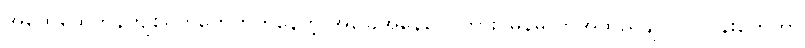
အထွေထွေကုန်ကျစရိတ်တွေတက်နေတဲ့ အခြေအနေတွေကြား မြန်မာကအထည်ချုပ်လုပ်ငန်းတွေဟာ